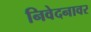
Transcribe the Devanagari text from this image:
निवेदनावर